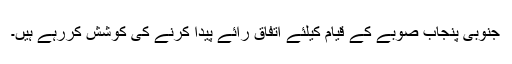
جنوبی پنجاب صوبے کے قیام کیلئے اتفاق رائے پیدا کرنے کی کوشش کررہے ہیں۔